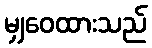
မျှဝေထားသည်